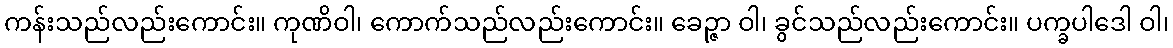
ကန်းသည်လည်းကောင်း။ ကုဏိဝါ၊ ကောက်သည်လည်းကောင်း။ ခေဉ္ဇာ ဝါ၊ ခွင်သည်လည်းကောင်း။ ပက္ခပါဒေါ ဝါ၊